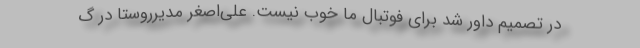
در تصمیم داور شد برای فوتبال ما خوب نیست. علی‌اصغر مدیرروستا در گ